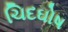
ચિદઘોષ